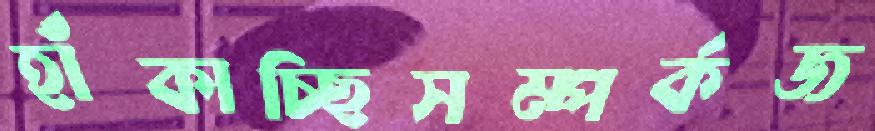
হাঁকাচ্ছিসম্পর্কজ